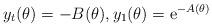
LaTeX: \begin{align*}y_t(\theta)= -B(\theta), y_1(\theta)= {\rm e}^{-A(\theta)}\end{align*}